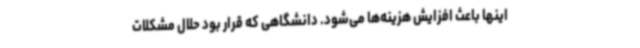
اینها باعث افزایش هزینه‌ها می‌شود. دانشگاهی که قرار بود حلال مشکلات